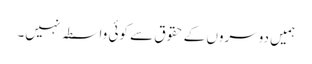
ہمیں دوسروں کے حقوق سے کوئی واسطہ نہیں۔